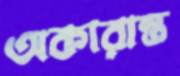
অকারান্ত